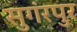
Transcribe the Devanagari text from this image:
सुगंरपुर